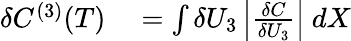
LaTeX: \begin{array}{rl}{\delta C^{(3)}(T)}&{{}=\int\delta U_{3}\left|\frac{\delta C}{\delta U_{3}}\right|~dX}\end{array}